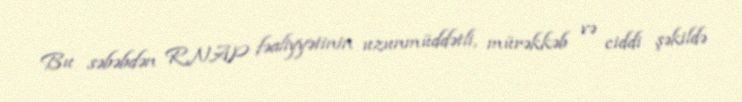
Bu səbəbdən RNAP fəaliyyətinin uzunmüddətli, mürəkkəb və ciddi şəkildə